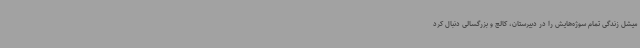
میشل زندگی تمام سوژه‌هایش را در دبیرستان، کالج و بزرگسالی دنبال کرد